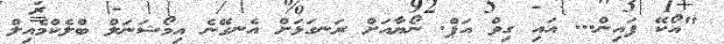
"އޯކޭ ފައިން... އައި ގިވް އަޕް. ނޯޔާއަށް ރަނގަޅަށް އެނގޭނެ އިމޯޝަނަލް ބްލެކްމެއިލް